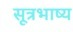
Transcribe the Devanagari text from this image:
सूत्रभाष्य